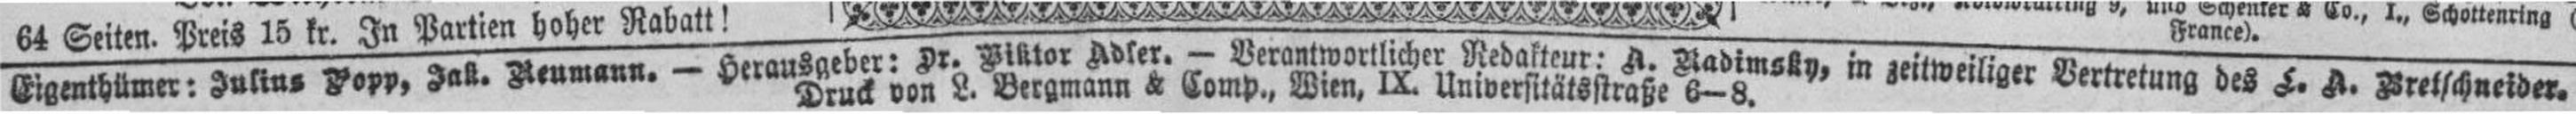
Eigenthümer: Julius Popp, Jak. Neumann.— Herausgeber: Dr. Viktor Adler.— Verantwortlicher Redakteur: A. Radimsky, in zeitweiliger Vertretung des L. A. Bretschneider.